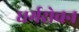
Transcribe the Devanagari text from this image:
धर्मरोचन